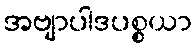
အဗျာပါဒပစ္စယာ